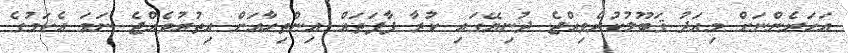
އަހަރެންނަށް މިއަދު ޤަބޫލުކުރެވިއްޖެ ދުނިޔޭގައި ކުރާ ފާފަތައް އިންތިހާއަށް އިތުރުވެއްޖެ ނަމަ އެކަމުގެ